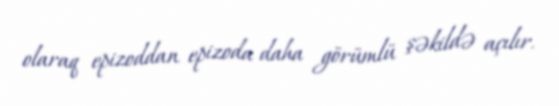
olaraq epizoddan epizoda daha görümlü şəkildə açılır.